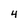
Character: 4